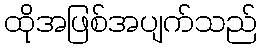
ထိုအဖြစ်အပျက်သည်